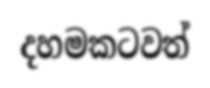
දහමකටවත්